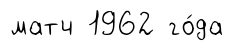
матч 1962 го́да